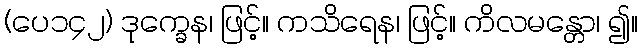
(ပေ၁၄၂) ဒုက္ခေန၊ ဖြင့်။ ကသိရေန၊ ဖြင့်။ ကိလမန္တော၊ ၍။